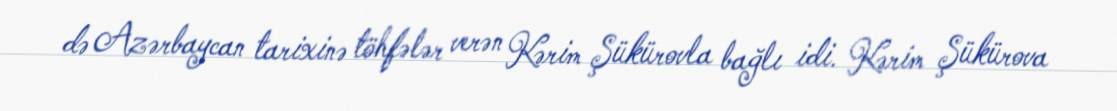
də Azərbaycan tarixinə töhfələr verən Kərim Şükürovla bağlı idi. Kərim Şükürova